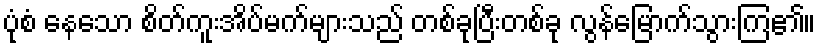
ပုံစံ နေသော စိတ်ကူးအိပ်မက်များသည် တစ်ခုပြီးတစ်ခု လွန်မြောက်သွားကြ၏။